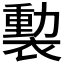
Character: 𧜻